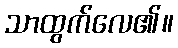
သာထွက်လေ၏။